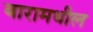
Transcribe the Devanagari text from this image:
बारामधील